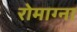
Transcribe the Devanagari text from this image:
रोमाग्ना